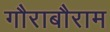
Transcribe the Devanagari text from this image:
गौराबौराम